Lunatic asylums United Provinces 1909-1921 - 1909-1921
Year: 1909
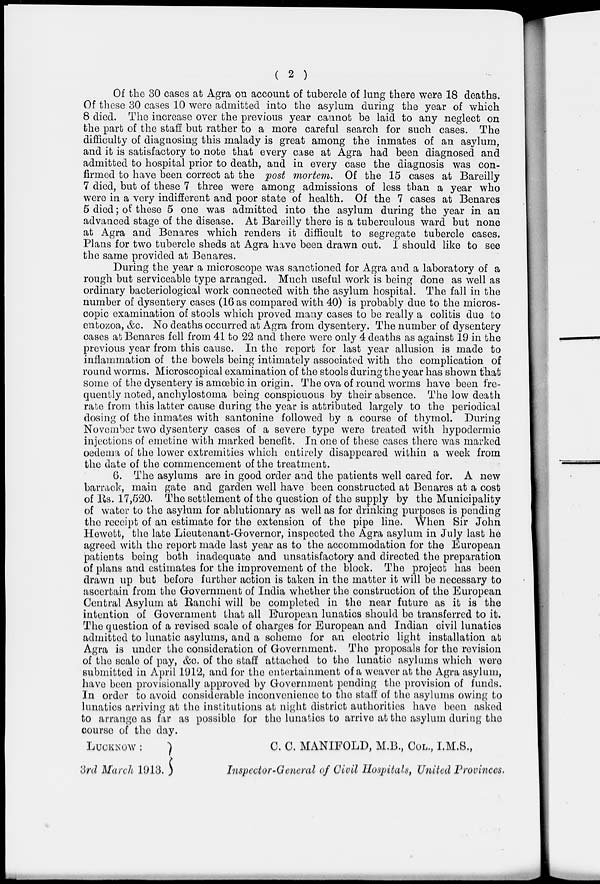
( 2 )
Of the 30 cases at Agra on account of tubercle of lung there were 18 deaths.
Of these 30 cases 10 were admitted into the asylum during the year of which
8 died. The increase over the previous year cannot be laid to any neglect on
the part of the staff but rather to a more careful search for such cases. The
difficulty of diagnosing this malady is great among the inmates of an asylum,
and it is satisfactory to note that every case at Agra had been diagnosed and
admitted to hospital prior to death, and in every case the diagnosis was con-
firmed to have been correct at the post mortem. Of the 15 cases at Bareilly
7 died, but of these 7 three were among admissions of less than a year who
were in a very indifferent and poor state of health. Of the 7 cases at Benares
5 died ; of these 5 one was admitted into the asylum during the year in an
advanced stage of the disease. At Bareilly there is a tuberculous ward but none
at Agra and Benares which renders it difficult to segregate tubercle cases.
Plans for two tubercle sheds at Agra have been drawn out. I should like to see
the same provided at Benares.
During the year a microscope was sanctioned for Agra and a laboratory of a
rough but serviceable type arranged. Much useful work is being done as well as
ordinary bacteriological work connected with the asylum hospital. The fall in the
number of dysentery cases (16 as compared with 40) is probably due to the micros-
copic examination of stools which proved many cases to be really a colitis due to
entozoa, &c. No deaths occurred at Agra from dysentery. The number of dysentery
cases at Benares fell from 41 to 22 and there were only 4 deaths as against 19 in the
previous year from this cause. In the report for last year allusion is made to
inflammation of the bowels being intimately associated with the complication of
round worms. Microscopical examination of the stools during the year has shown that
some of the dysentery is amœbic in origin. The ova of round worms have been fre-
quently noted, anchylostoma being conspicuous by their absence. The low death
rate from this latter cause during the year is attributed largely to the periodical
dosing of the inmates with santonine followed by a course of thymol. During
November two dysentery cases of a severe type were treated with hypodermic
injections of emetine with marked benefit. In one of these cases there was marked
oedema of the lower extremities which entirely disappeared within a week from
the date of the commencement of the treatment.
6. The asylums are in good order and the patients well cared for. A new
barrack, main gate and garden well have been constructed at Benares at a cost
of Rs. 17,520. The settlement of the question of the supply by the Municipality
of water to the asylum for ablutionary as well as for drinking purposes is pending
the receipt of an estimate for the extension of the pipe line. When Sir John
Hewett, the late Lieutenant-Governor, inspected the Agra asylum in July last he
agreed with the report made last year as to the accommodation for the European
patients being both inadequate and unsatisfactory and directed the preparation
of plans and estimates for the improvement of the block. The project has been
drawn up but before further action is taken in the matter it will be necessary to
ascertain from the Government of India whether the construction of the European
Central Asylum at Ranchi will be completed in the near future as it is the
intention of Government that all European lunatics should be transferred to it.
The question of a revised scale of charges for European and Indian civil lunatics
admitted to lunatic asylums, and a scheme for an electric light installation at
Agra is under the consideration of Government. The proposals for the revision
of the scale of pay, &c. of the staff attached to the lunatic asylums which were
submitted in April 1912, and for the entertainment of a weaver at the Agra asylum,
have been provisionally approved by Government pending the provision of funds.
In order to avoid considerable inconvenience to the staff of the asylums owing to
lunatics arriving at the institutions at night district authorities have been asked
to arrange as far as possible for the lunatics to arrive at the asylum during the
course of the day.
LUCKNOW :
3rd March 1913.
C. C. MANIFOLD, M.B., COL., I.M.S.,
Inspector-General of Civil Hospitals, United Provinces.